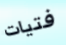
فتيات